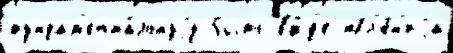
фундам'ента́льнуjу быть в'и́д'е явл'е́н'иjа